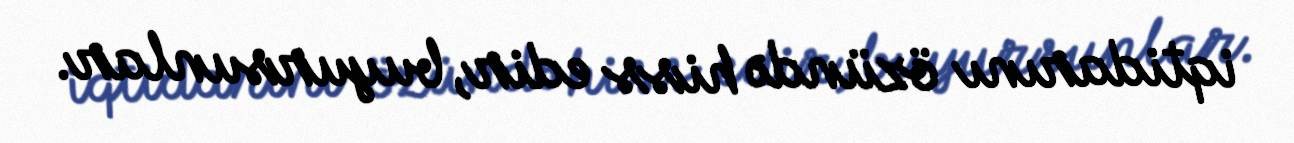
iqtidarını özündə hiss edir, buyursunlar.